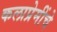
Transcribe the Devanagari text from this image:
कलाप्रेमींचे